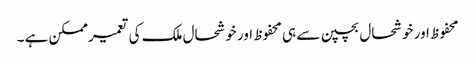
محفوظ اور خوشحال بچپن سے ہی محفوظ اور خوشحال ملک کی تعمیر ممکن ہے ۔